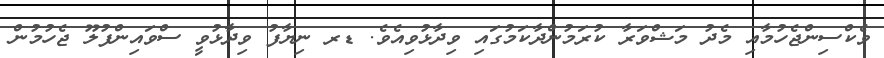
ވެކްސިންޖެހުމާއި މެދު މަޝްވަރާ ކުރަމުންދާކަމުގައި ވިދާޅުވިއެވެ. ޑރ ނިޔާފު ވިދާޅުވީ ސްވައިންފުލޫ ޖެހުމުން